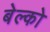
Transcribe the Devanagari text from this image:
बेल्को